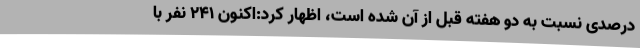
درصدی نسبت به دو هفته قبل از آن شده است، اظهار کرد:اکنون 241 نفر با